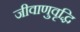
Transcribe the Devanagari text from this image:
जीवाणुवृद्धि